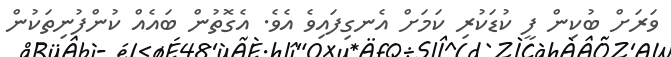
ވަރަށް ބުކިން ފީ ކުޑަކުރި ކަމަށް އެނގިފައިވެ އެވެ. އެގޮތުން ބައެއް ކުންފުނިތަކުން